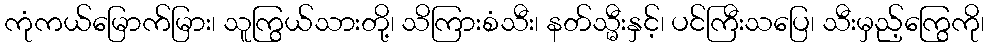
ကုံကယ်မြောက်မြား၊ သူကြွယ်သားတို့၊ သိကြားစံသီး၊ နတ်သ္မီးနှင့်၊ ပင်ကြီးသပြေ၊ သီးမှည့်ကြွေကို၊